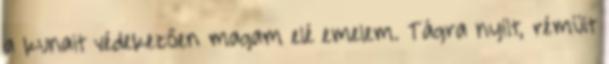
a kunait védekezően magam elé emelem. Tágra nyílt, rémült